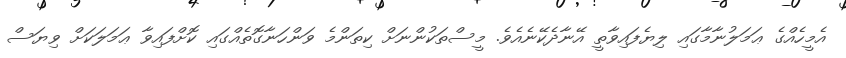
އެމީހެއްގެ ޢަމަލުނާމާގައި ލިޔެފައިވާތީ އޭނާދެކޭނެއެވެ. މީސްތަކުންނަށް ކިތަންމެ ވަންހަނާގޮތެއްގައި ކޮށްފައިވާ ޢަމަލަކަށް ވިޔަސް